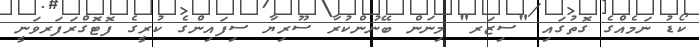
ކޯޑު ނަމެއްގެ ގޮތުގައި "ސިޒަރ" މިނަން ބޭނުންކުރާ ސޫރިޔާ ސިފައިންގެ ކުރީގެ ފޮޓޮގްރަފަރވަނީ